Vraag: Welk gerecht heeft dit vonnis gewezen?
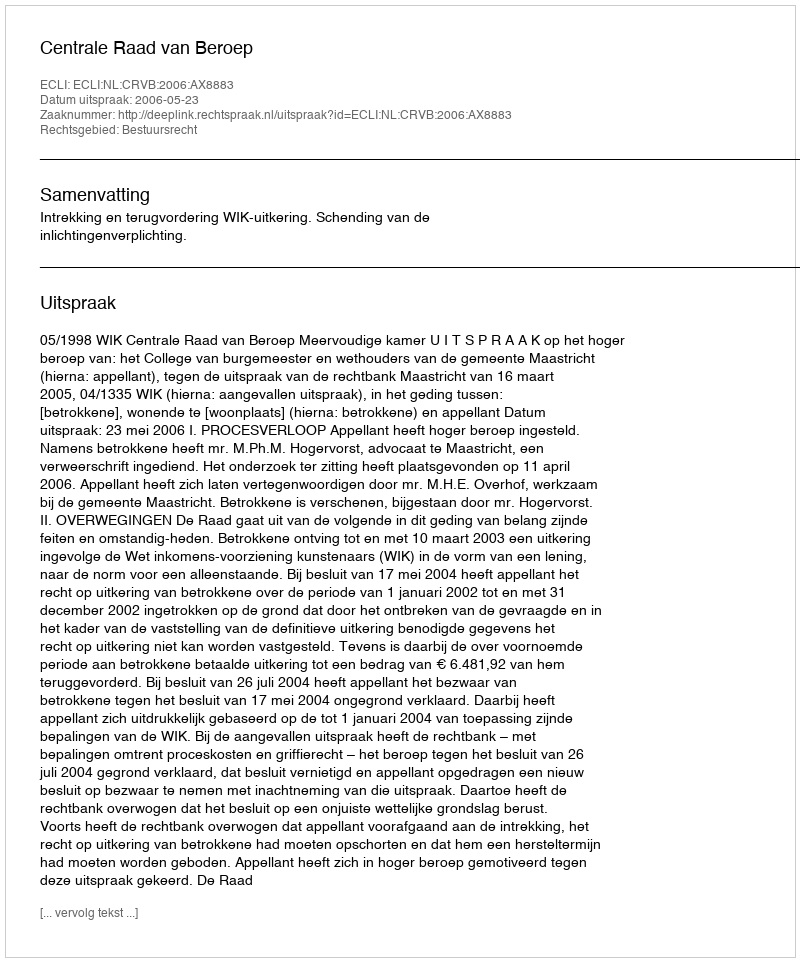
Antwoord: Centrale Raad van Beroep